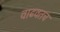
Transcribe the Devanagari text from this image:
वाढवतच